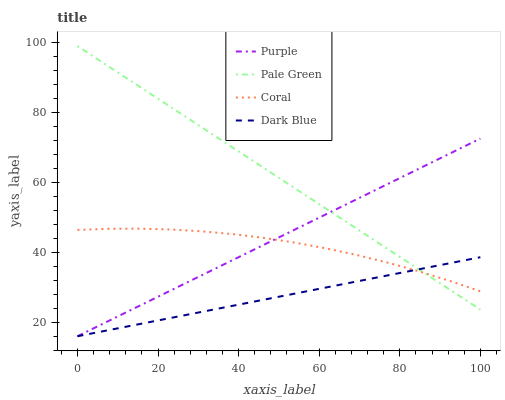
| xaxis_label | Purple | Pale Green | Coral | Dark Blue |
 | --- | --- | --- | --- | --- |
 | 0 | 16 | 99 | 46.4 | 16 |
 | 7.69 | 20.3 | 93.2 | 46.7 | 17.7 |
 | 15.4 | 24.7 | 87.4 | 46.8 | 19.5 |
 | 23.1 | 29 | 81.6 | 46.5 | 21.2 |
 | 30.8 | 33.4 | 75.8 | 46 | 23 |
 | 38.5 | 37.7 | 70 | 45.2 | 24.7 |
 | 46.2 | 42.1 | 64.2 | 44.1 | 26.4 |
 | 53.8 | 46.4 | 58.4 | 42.8 | 28.2 |
 | 61.5 | 50.8 | 52.6 | 41.2 | 29.9 |
 | 69.2 | 55.1 | 46.8 | 39.3 | 31.6 |
 | 76.9 | 59.5 | 41 | 37.1 | 33.4 |
 | 84.6 | 63.8 | 35.2 | 34.6 | 35.1 |
 | 92.3 | 68.2 | 29.4 | 31.9 | 36.9 |
 | 100 | 72.5 | 23.6 | 28.8 | 38.6 |